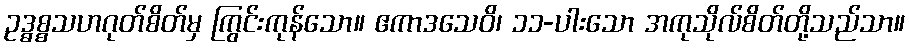
ဥဒ္ဓစ္စသဟဂုတ်စိတ်မှ ကြွင်းကုန်သော။ ဧကာဒသေဝိ၊ ၁၁-ပါးသော အကုသိုလ်စိတ်တို့သည်သာ။